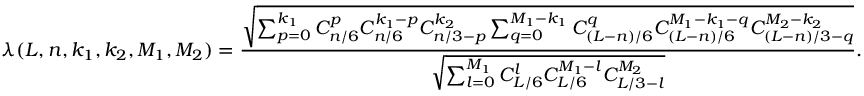
\lambda ( L , n , k _ { 1 } , k _ { 2 } , M _ { 1 } , M _ { 2 } ) = \frac { \sqrt { \sum _ { p = 0 } ^ { k _ { 1 } } C _ { n / 6 } ^ { p } C _ { n / 6 } ^ { k _ { 1 } - p } C _ { n / 3 - p } ^ { k _ { 2 } } \sum _ { q = 0 } ^ { M _ { 1 } - k _ { 1 } } C _ { ( L - n ) / 6 } ^ { q } C _ { ( L - n ) / 6 } ^ { M _ { 1 } - k _ { 1 } - q } C _ { ( L - n ) / 3 - q } ^ { M _ { 2 } - k _ { 2 } } } } { \sqrt { \sum _ { l = 0 } ^ { M _ { 1 } } C _ { L / 6 } ^ { l } C _ { L / 6 } ^ { M _ { 1 } - l } C _ { L / 3 - l } ^ { M _ { 2 } } } } .